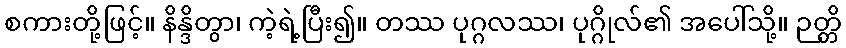
စကားတို့ဖြင့်။ နိန္ဒိတွာ၊ ကဲ့ရဲ့ပြီး၍။ တဿ ပုဂ္ဂလဿ၊ ပုဂ္ဂိုလ်၏ အပေါ်သို့။ ဉတ္တိ